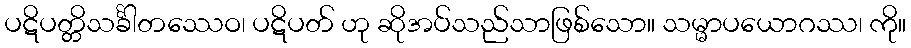
ပဋိပတ္တိသင်္ခါတဿေဝ၊ ပဋိပတ် ဟု ဆိုအပ်သည်သာဖြစ်သော။ သမ္မာပယောဂဿ၊ ကို။